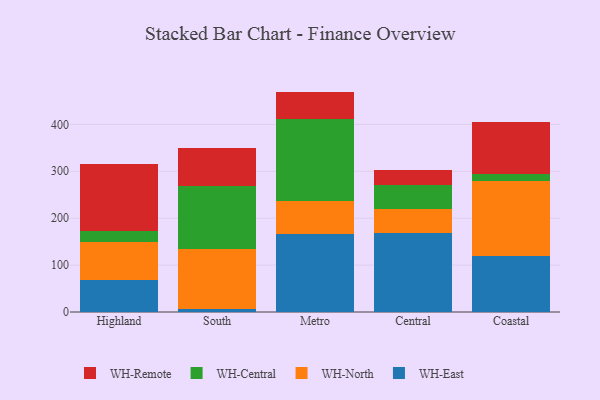
{"axis": {"x": "Region", "y": "LTV (USD)"}, "legend": ["WH-Central", "WH-East", "WH-North", "WH-Remote"], "data": [{"x": "Highland", "y": 68.5, "type": "WH-East"}, {"x": "Highland", "y": 81.8, "type": "WH-North"}, {"x": "Highland", "y": 22.1, "type": "WH-Central"}, {"x": "Highland", "y": 143.3, "type": "WH-Remote"}, {"x": "South", "y": 6.6, "type": "WH-East"}, {"x": "South", "y": 128.0, "type": "WH-North"}, {"x": "South", "y": 133.3, "type": "WH-Central"}, {"x": "South", "y": 82.5, "type": "WH-Remote"}, {"x": "Metro", "y": 166.8, "type": "WH-East"}, {"x": "Metro", "y": 69.5, "type": "WH-North"}, {"x": "Metro", "y": 175.8, "type": "WH-Central"}, {"x": "Metro", "y": 57.8, "type": "WH-Remote"}, {"x": "Central", "y": 169.3, "type": "WH-East"}, {"x": "Central", "y": 49.6, "type": "WH-North"}, {"x": "Central", "y": 52.6, "type": "WH-Central"}, {"x": "Central", "y": 31.6, "type": "WH-Remote"}, {"x": "Coastal", "y": 119.1, "type": "WH-East"}, {"x": "Coastal", "y": 159.2, "type": "WH-North"}, {"x": "Coastal", "y": 15.7, "type": "WH-Central"}, {"x": "Coastal", "y": 110.6, "type": "WH-Remote"}]}